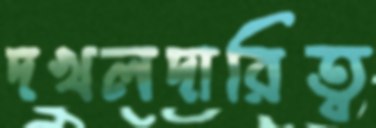
দখলদারিত্ব